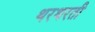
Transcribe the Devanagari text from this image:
थरथरती